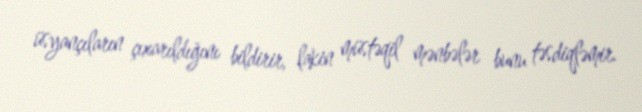
üsyançıların çıxarıldığını bildirir, lakin müstəqil mənbələr bunu təsdiqləmir.